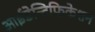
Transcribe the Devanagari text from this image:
आईडेन्टिफिकेशन